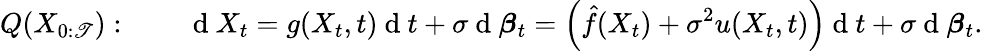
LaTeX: Q(X_{0:\mathscr{T}}):\qquad\mathrm{{~d~}}X_{t}=g(X_{t},t)\mathrm{{~d~}}t+\sigma\mathrm{{~d~}}\boldsymbol{\beta}_{t}=\left(\hat{{f}}(X_{t})+\sigma^{2}u(X_{t},t)\right)\mathrm{{~d~}}t+\sigma\mathrm{{~d~}}\boldsymbol{\beta}_{t}.